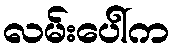
လမ်းပေါ်က